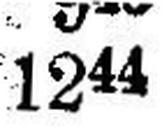
1244